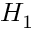
H _ { 1 }